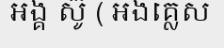
អង្គ ស៊ូ ( អង់គ្លេស